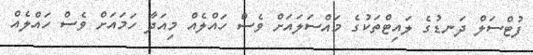
ފުޓްސަލް ދަނޑުގެ ލައިޓްތަކުގެ މައްސަލައަށް ވެސް ހައްލެއް މިއަދާ ހަމައަށް ވެސް ހައްލެއް